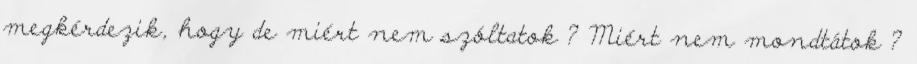
megkérdezik, hogy de miért nem szóltatok ? Miért nem mondtátok ?